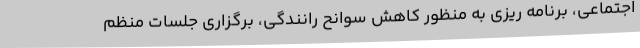
اجتماعی، برنامه ریزی به منظور کاهش سوانح رانندگی، برگزاری جلسات منظم